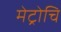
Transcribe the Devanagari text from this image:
मेट्रोचि